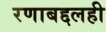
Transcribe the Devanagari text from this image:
रणाबद्दलही